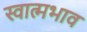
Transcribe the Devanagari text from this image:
स्वात्मभाव